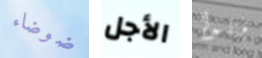
ضوضاء الأجل قتلوا